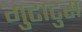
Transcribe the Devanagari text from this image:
गुटाटुस